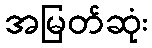
အမြတ်ဆုံး